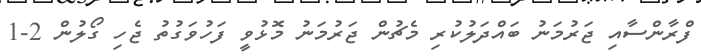
ފްރާންސާއި ޖަރުމަނު ބައްދަލުކުރި މެޗުން ޖަރުމަނު މޮޅުވީ ފަހުވަގުތު ޖެހި ގޯލުން 2-1